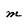
Character: M